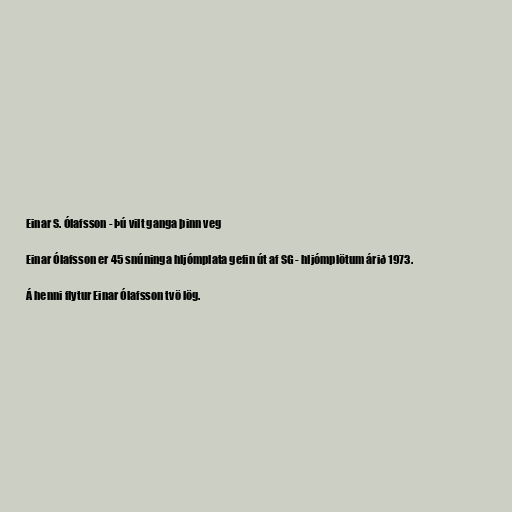
Einar S. Ólafsson - Þú vilt ganga þinn veg

Einar Ólafsson er 45 snúninga hljómplata gefin út af SG - hljómplötum árið 1973.

Á henni flytur Einar Ólafsson tvö lög.